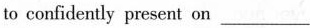
to confidently present on___